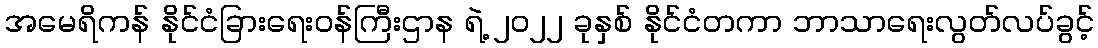
အမေရိကန် နိုင်ငံခြားရေးဝန်ကြီးဌာန ရဲ့ ၂၀၂၂ ခုနှစ် နိုင်ငံတကာ ဘာသာရေးလွတ်လပ်ခွင့်